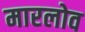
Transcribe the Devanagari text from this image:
मारलोव